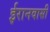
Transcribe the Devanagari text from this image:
ईरानवासी